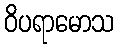
ဝိပရာမောသ